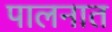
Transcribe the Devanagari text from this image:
पालनात